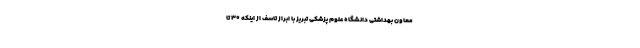
معاون بهداشتی دانشگاه علوم پزشکی تبریز با ابراز تاسف از اینکه ۳۰ تا